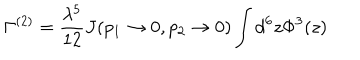
\Gamma ^ { ( 2 ) } = \frac { \lambda ^ { 5 } } { 1 2 } J ( p _ { 1 } \rightarrow 0 , p _ { 2 } \rightarrow 0 ) \int d ^ { 6 } z \Phi ^ { 3 } ( z )